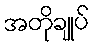
အတိုချုပ်